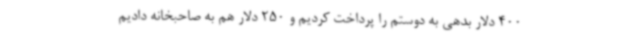
400 دلار بدهی به دوستم را پرداخت کردیم و 250 دلار هم به صاحبخانه دادیم